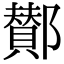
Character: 鄼